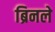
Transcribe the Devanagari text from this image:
ब्रिनले